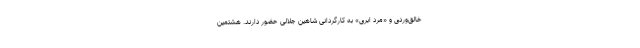
خالق‌وردی و «مرد ابری» به کارگردانی شاهین جلالی حضور دارند. هشتمین